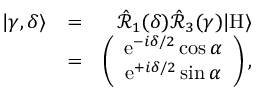
\begin{array} { r l r } { | \gamma , \delta \rangle } & { = } & { \hat { \mathcal { R } } _ { 1 } ( \delta ) \hat { \mathcal { R } } _ { 3 } ( \gamma ) | \mathrm { H } \rangle } \\ & { = } & { \left( \begin{array} { c } { \mathrm { e } ^ { - i \delta / 2 } \cos \alpha } \\ { \mathrm { e } ^ { + i \delta / 2 } \sin \alpha } \end{array} \right) , } \end{array}